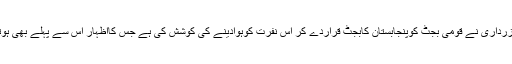
آج بلاول زرداری نے قومی بجٹ کوپنجابستان کابجٹ قراردے کر اُس نفرت کوہوادینے کی کوشش کی ہے جس کااظہار اِس سے پہلے بھی ہوتارہا ہے ۔